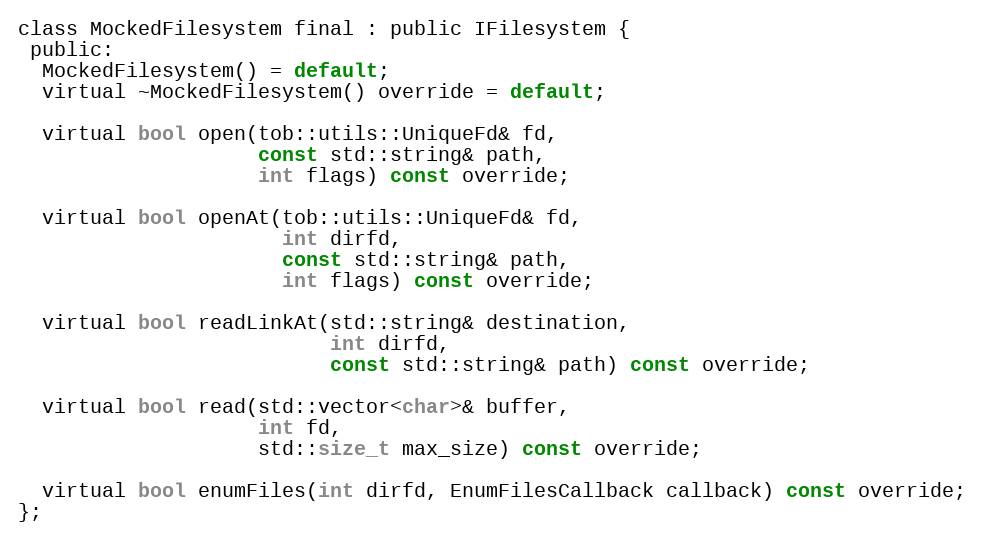
Language: C
class MockedFilesystem final : public IFilesystem {
 public:
  MockedFilesystem() = default;
  virtual ~MockedFilesystem() override = default;

  virtual bool open(tob::utils::UniqueFd& fd,
                    const std::string& path,
                    int flags) const override;

  virtual bool openAt(tob::utils::UniqueFd& fd,
                      int dirfd,
                      const std::string& path,
                      int flags) const override;

  virtual bool readLinkAt(std::string& destination,
                          int dirfd,
                          const std::string& path) const override;

  virtual bool read(std::vector<char>& buffer,
                    int fd,
                    std::size_t max_size) const override;

  virtual bool enumFiles(int dirfd, EnumFilesCallback callback) const override;
};